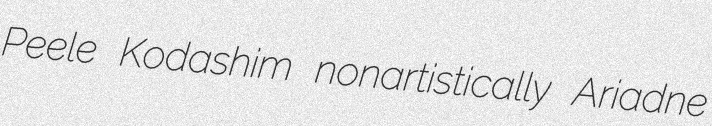
Peele Kodashim nonartistically Ariadne